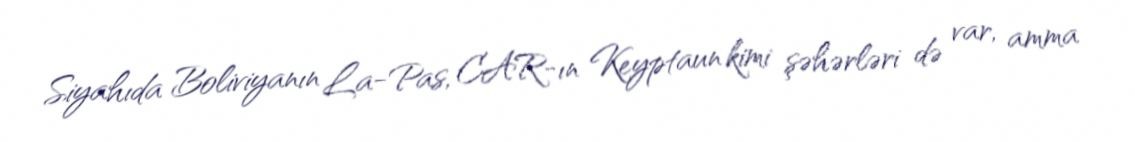
Siyahıda Boliviyanın La-Pas, CAR-ın Keyptaun kimi şəhərləri də var, amma